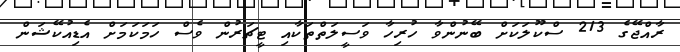
ރާއްޖޭގެ 213 ސްކޫލަކަށް ބޭނުންވާ ހުރިހާ ވަސީލަތްތަކާއި ޓީޗަރުން ވެސް ހަމަކަމަށް އެޑިއުކޭޝަން